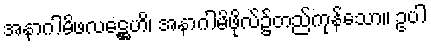
အနာဂါမိဖလဋ္ဌေဟိ၊ အနာဂါမိဖိုလ်၌တည်ကုန်သော။ ဥပါ